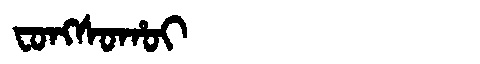
Manchu: ᠸᠣᠩᠰᠣᡥᠣᡳ
Romanization: FONGSOHOI